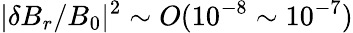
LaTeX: \lvert\delta B_{r}/B_{0}\rvert^{2}\sim O(10^{-8}\sim 10^{-7})